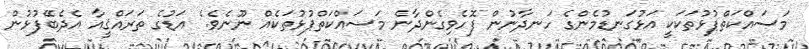
މަސައްކަތްޕުޅުތަކަކީ އަޅުގަނޑުމެންގެ ހަނދާނުން ފޮހެވިގެންދާނެ މަސައްކަތްޕުޅުތަކެއް ނޫނެވެ. ެ އަޑުގެ ތަރައްޤީއާ އެދެބޭފުޅުން